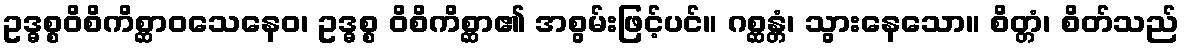
ဥဒ္ဓစ္စဝိစိကိစ္ဆာဝသေနေဝ၊ ဥဒ္ဓစ္စ ဝိစိကိစ္ဆာ၏ အစွမ်းဖြင့်ပင်။ ဂစ္ဆန္တံ၊ သွားနေသော။ စိတ္တံ၊ စိတ်သည်